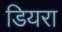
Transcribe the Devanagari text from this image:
डियरा